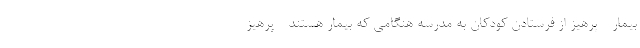
بیمار - پرهیز از فرستادن کودکان به مدرسه هنگامی که بیمار هستند - پرهیز